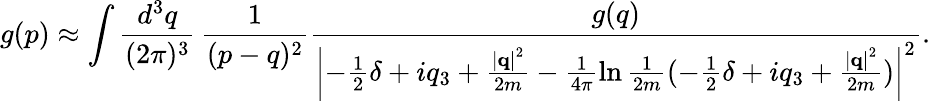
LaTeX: g(p)\approx\int\frac{d^{3}q}{(2\pi)^{3}}\, \frac{1}{(p-q)^{2}}\frac{g(q)}{\left|-\frac{1}{2}\delta+iq_{3}+\frac{\left|{\mathbf q}\right|^{2}}{2m}-\frac{1}{4\pi}\ln\frac{1}{2m}(-\frac{1}{2}\delta+iq_{3}+\frac{\left|{\mathbf q}\right|^{2}}{2m})\right|^{2}}.